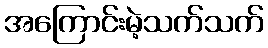
အကြောင်းမဲ့သက်သက်